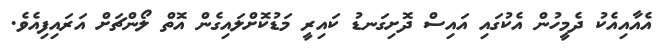
އެއާއިއެކު ދެމީހުން އެކުގައި އައިސް ދޮށިގަނޑު ކައިރީ މަޑުކޮށްލައިގެން އޮތް ލޯންޗަށް އަރައިފިއެވެ.